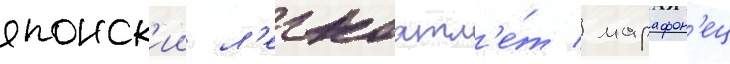
японск'ии л'егкоатл'е́т / марафон'ец